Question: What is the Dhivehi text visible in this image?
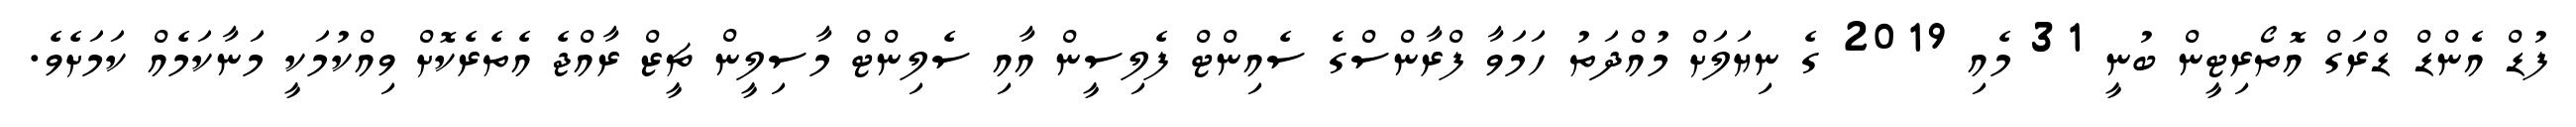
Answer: ފުޑް އެންޑް ޑްރަގް އޮތޯރިޓީން ބުނީ 31 މެއި 2019 ގެ ނިޔަލަށް މުއްދަތު ހަމަވާ ފްރާންސްގެ ސެއިންޓް ފެލިސީން އާއި ސެލިންޓް މާސިލީން ޗީޒް ރާއްޖެ އެތެރެކޮށް ވިއްކުމަކީ މަނާކަމެއް ކަމަށެވެ.